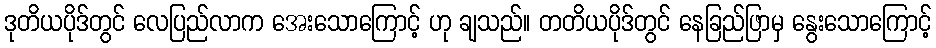
ဒုတိယပိုဒ်တွင် လေပြည်လာက အေးသောကြောင့် ဟု ချသည်။ တတိယပိုဒ်တွင် နေခြည်ဖြာမှ နွေးသောကြောင့်